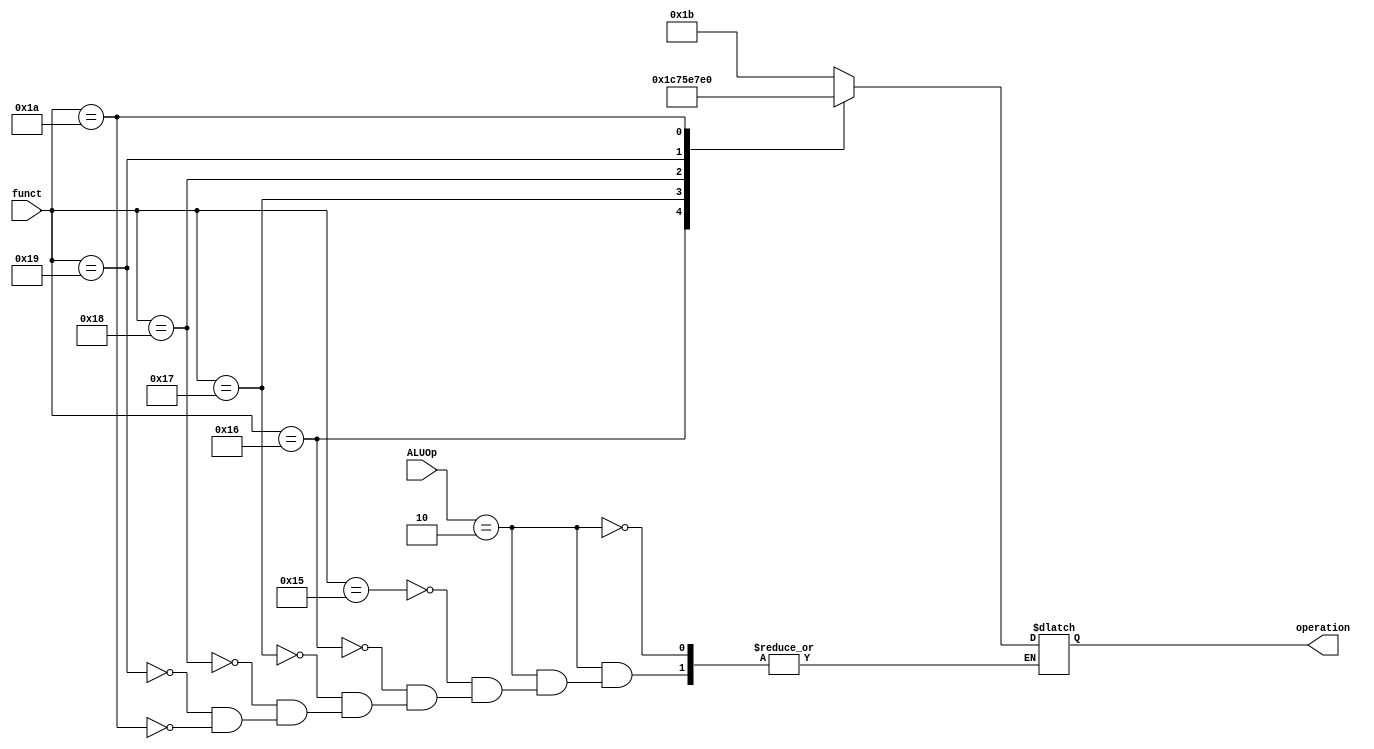
module ALUctrl(
    input [5:0] funct,
    input [2:0] ALUOp,
    output reg[5:0] operation
);

always@(funct or ALUOp)begin
    if(ALUOp == 3'b010)begin
        case(funct)
        6'd21:
            operation = 27;
        6'd22:
            operation = 28;
        6'd23:
            operation = 29;
        6'd24:
            operation = 30;
        6'd25:
            operation = 31;
        6'd26:
            operation = 32;
        endcase
    end
end

endmodule